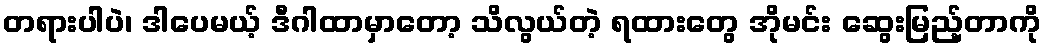
တရားပါပဲ၊ ဒါပေမယ့် ဒီဂါထာမှာတော့ သိလွယ်တဲ့ ရထားတွေ အိုမင်း ဆွေးမြည့်တာကို